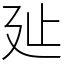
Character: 㢟